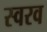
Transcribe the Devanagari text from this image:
स्वरव